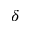
\delta